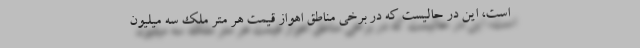
است، این در حالیست که در برخی مناطق اهواز قیمت هر متر ملک سه میلیون